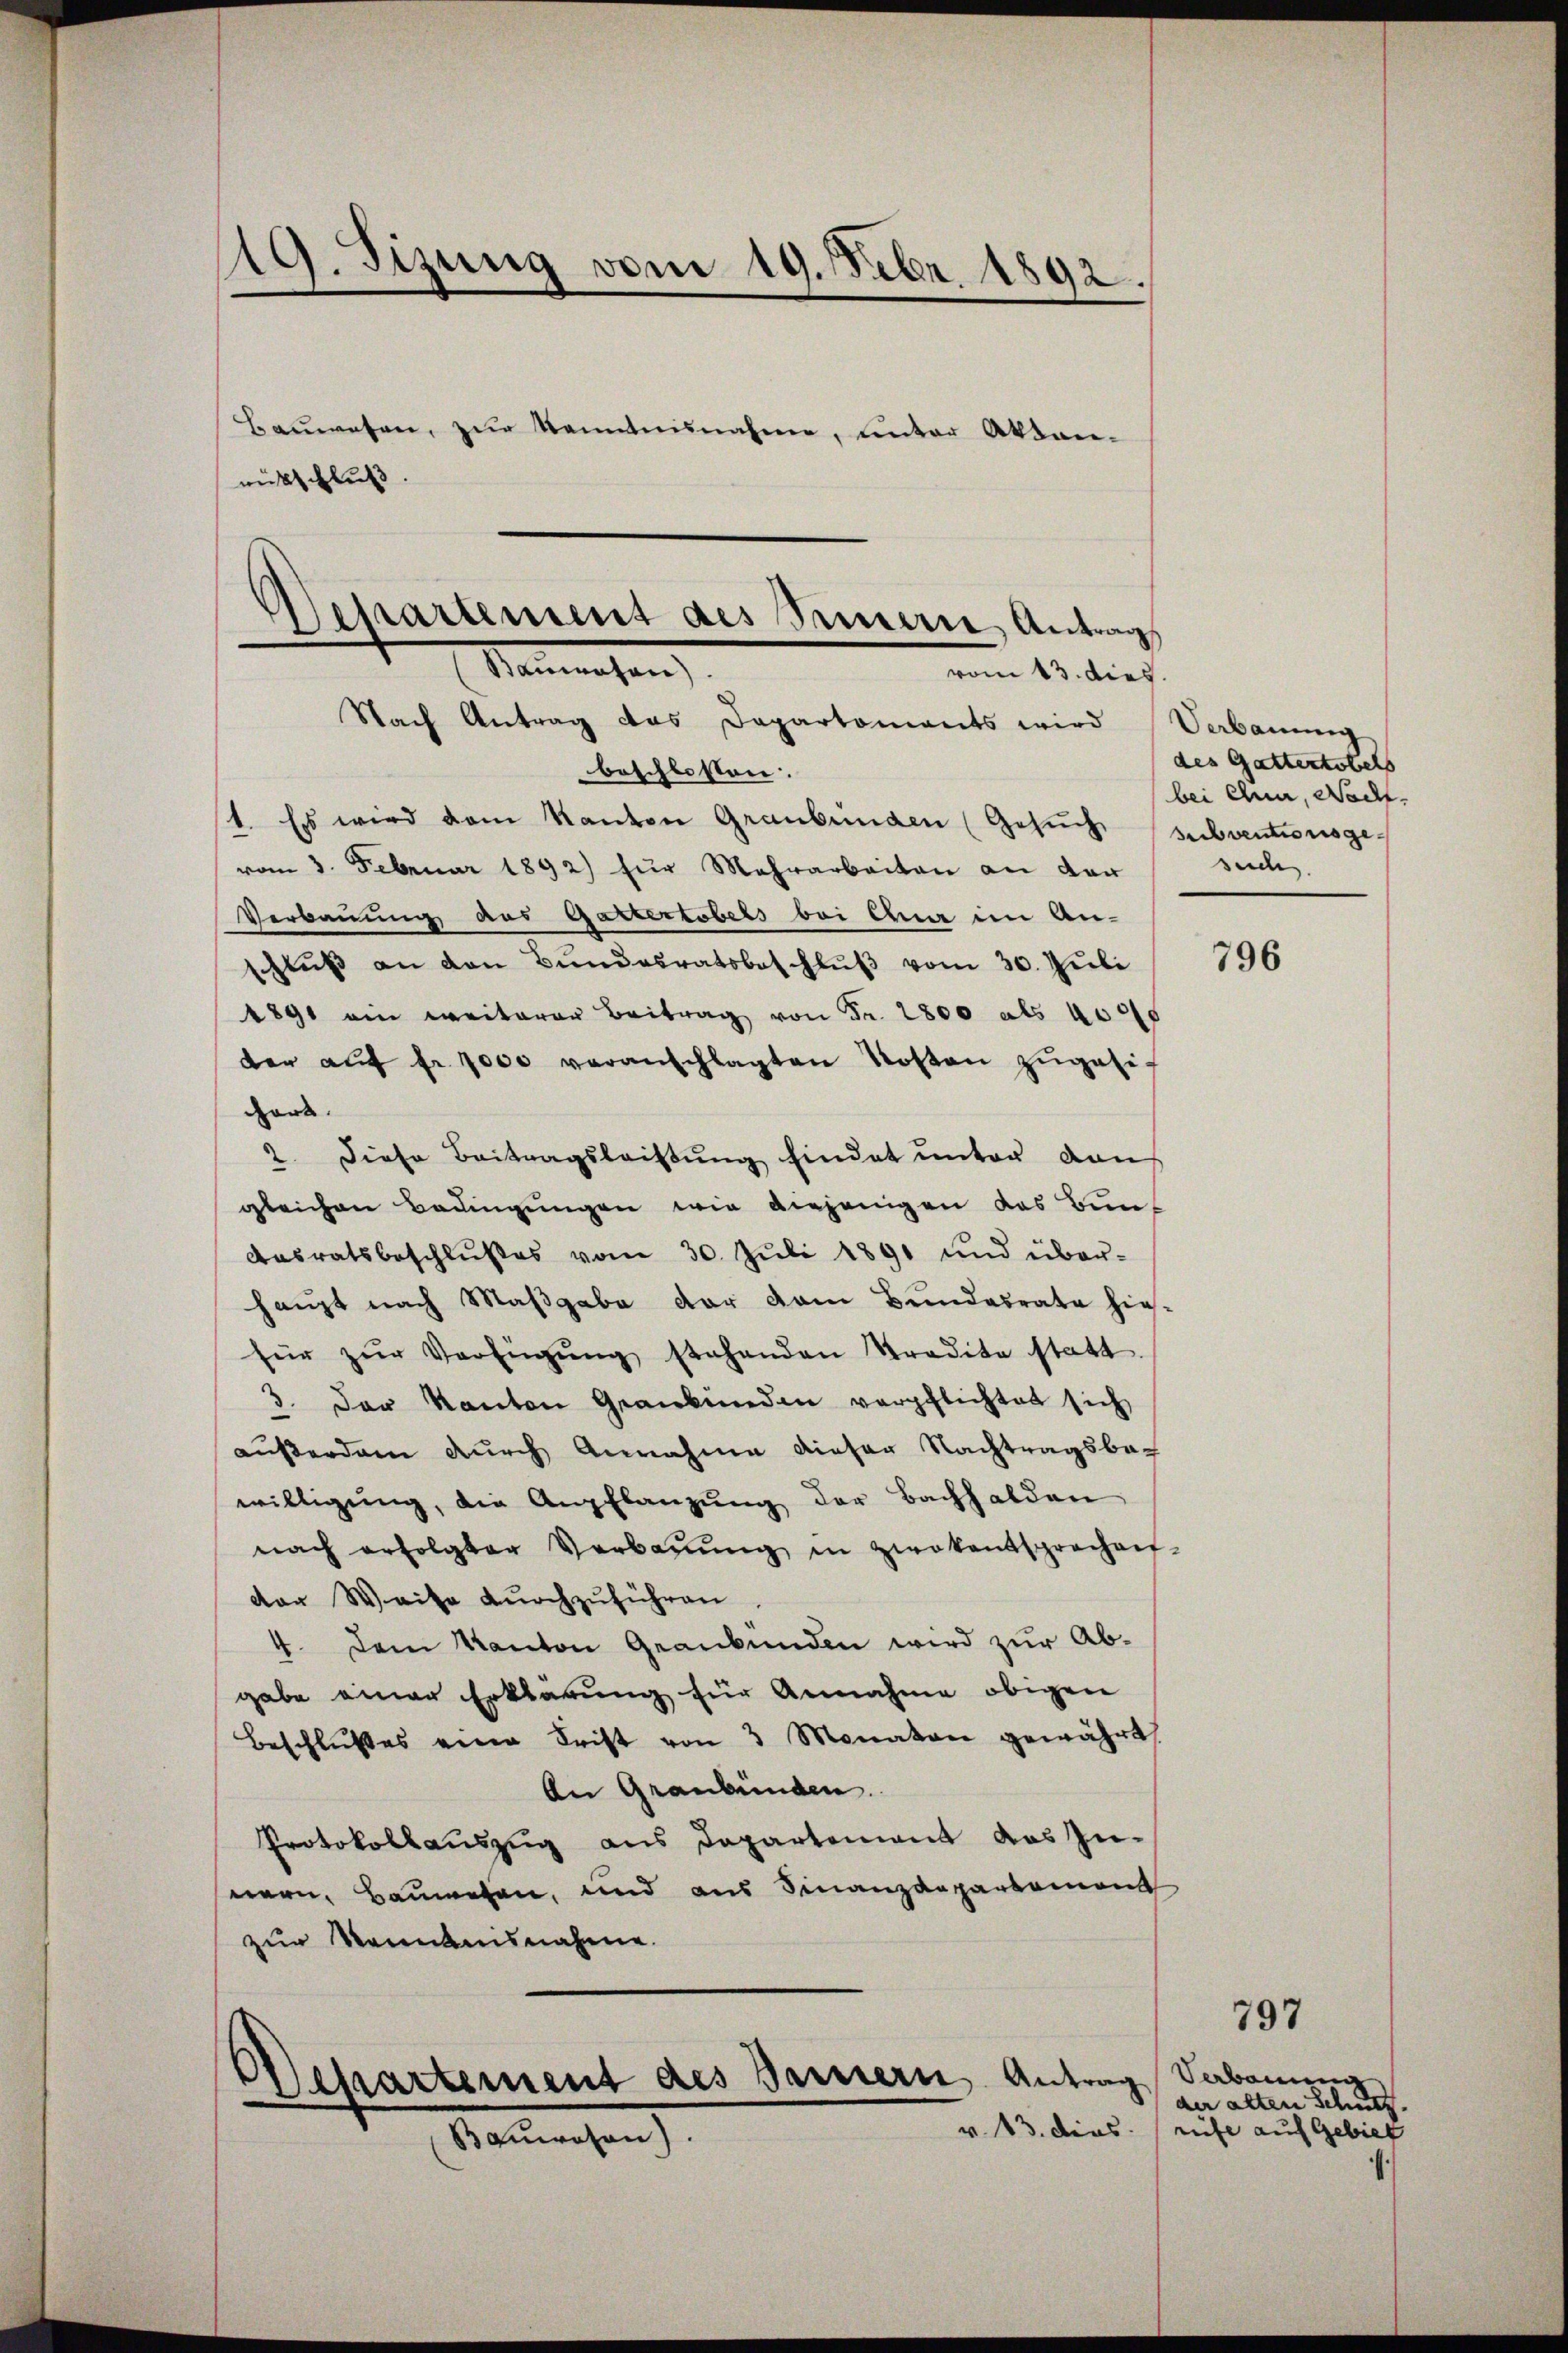
119. Sizung vom 19. Febr. 1892.
Baŭwesen, zŭr Kenntnisnahme, unter Akten-
rütschluß

beschlossen:
1. Es wird dem Kanton Graubünden (Gesŭch subventionsgevom 3. Februar 1892) für Mehrarbeiten an vor
Verbauung des Gastertobels bei Ehen im Anschluß an den Bundesratsbeschluß vom 30. Juli
1891 ein weiterer Beitrag von Fr. 2800 als 4000
der aŭf fr. 7000 veranschlagten Kosten zŭgesiwäre.
2 diese Beitragsleisung findet unter von
gleichen Bedingungen wie diejenigen das Bun-
Aasratsbeschlußes vom 30. Jŭli 1891 und über-
haupt nach Maßgabe der vom Bundesrate hie-
für zŭr Verfügŭng stehenden Stradita statt.
3. Der Kanton Graubünden verpflichtet sich
außerdam durch Annahme dieser Nachtragsbewilligŭng, die Anpflanzŭng der Bachhalden
nach erfolgter Verbaŭŭng in zwokentsprechen-
dor Weite durchzuführen
4. Dem Kanton Graubünden wird zur Abgabe einer Erklärung für Annahme obigen
Beschlußes eine Frist von 3 Monaten gewährt.
An Graubünden.
Protokollauszug aus Departement das Innern, Bauwesen, und aus Finanzdepartement
zur Kenntnisnahme.

Departement des Sennere Antrags
Neerachen
vom 13. dies.
Nach Antrag das Dapartomants wird

Departement des Bernern, Antrag
Bauwesen).

Verbauung
des Gattentobels
bei Chia, Nacht.
suche

796

Verbauung,
der alten Schutz,
v. 13. dies riefe auf Gebiet

797